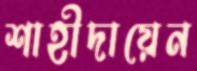
শাহীদায়েন